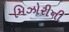
મિઝોરીની